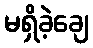
မရှိခဲ့ချေ